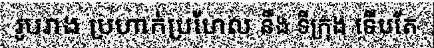
រូបរាង ប្រហាក់ប្រហែល នឹង ទីក្រុង ទើបតែ